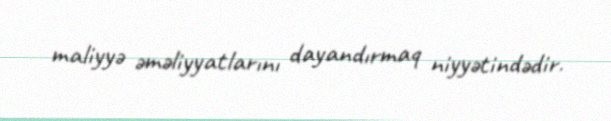
maliyyə əməliyyatlarını dayandırmaq niyyətindədir.